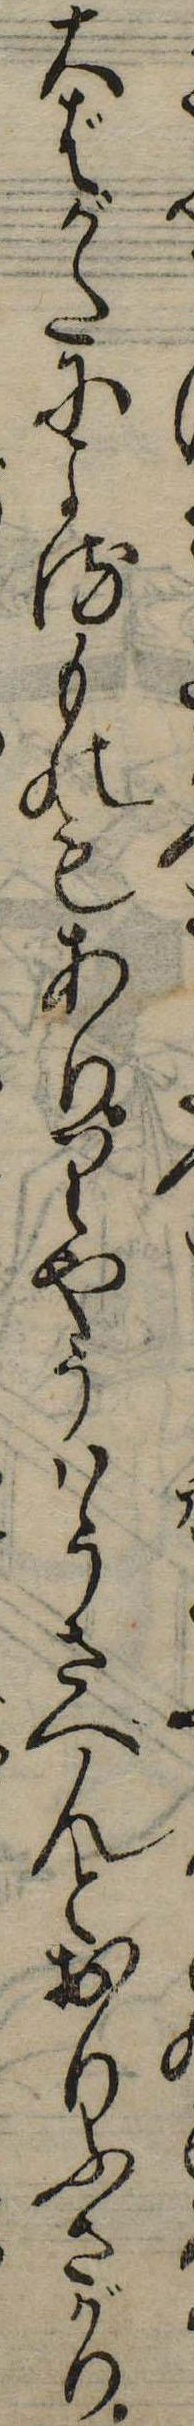
大ばがたによるものもありりやうはうさへんとおりふさがり